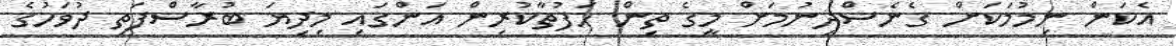
އެކަން ނިމުމަކަށް ގެނެސްދިނުމަށް މީގެ ތިން ހަފުތާކުރިން އަންގައި މިދިޔަ ބުރާސްފަތި ދުވަހުގެ